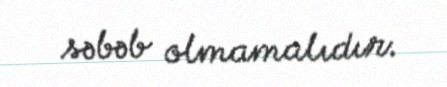
səbəb olmamalıdır.